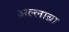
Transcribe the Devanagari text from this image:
अल्लाब्रा